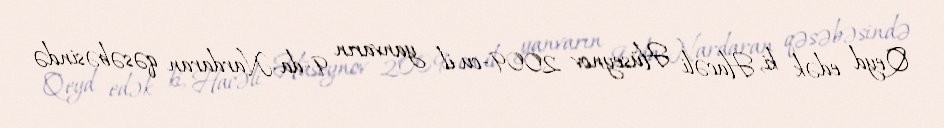
Qeyd edək ki, Hacəli Hüseynov 2009-cu il yanvarın 9-da Nardaran qəsəbəsində